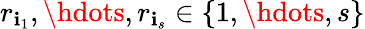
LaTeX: r_{\mathbf{i}_{1}},\hdots,r_{\mathbf{i}_{s}}\in\{ 1,\hdots,s\}